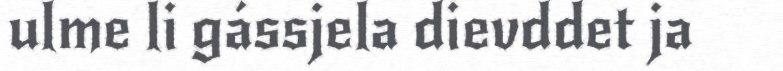
ulme li gássjela dievddet ja